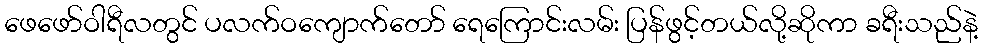
ဖေဖော်ဝါရီလတွင် ပလက်ဝကျောက်တော် ရေကြောင်းလမ်း ပြန်ဖွင့်တယ်လို့ဆိုကာ ခရီးသည်နဲ့